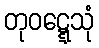
တုဝဋ္ဋေသုံ